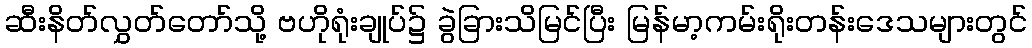
ဆီးနိတ်လွှတ်တော်သို့ ဗဟိုရုံးချုပ်၌ ခွဲခြားသိမြင်ပြီး မြန်မာ့ကမ်းရိုးတန်းဒေသများတွင်